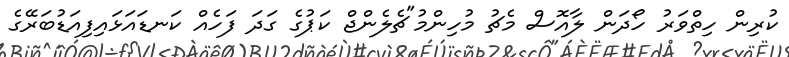
ކުރިން ހިތްވަރު ހޯދަން ލާއޮސް މެޗު މުހިންމު"ޗެލެންޖް ކަޕުގެ ގަދަ ފަހެއް ކަނޑައަޅައިފިއަޑުބަރޭގެ